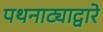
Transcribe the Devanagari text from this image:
पथनाट्याद्वारे